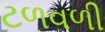
ટળવળી